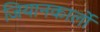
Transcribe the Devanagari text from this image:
जियानकार्लो